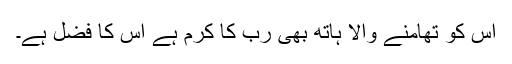
اس کو تھامنے والا ہاتھ بھی رب کا کرم ہے اس کا فضل ہے۔